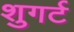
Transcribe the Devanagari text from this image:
शुगर्ट